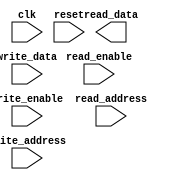
module MemoryBlocks(
    input wire clk,                           // Clock signal
    input wire reset,                         // Reset signal
    input wire read_enable,                   // Read enable signal
    input wire write_enable,                  // Write enable signal
    input wire [31:0] read_address,           // Read address
    input wire [31:0] write_address,          // Write address
    input wire [31:0] write_data,             // Data to be written
    output reg [31:0] read_data               // Data read from memory
);

// Controller module for accessing memory blocks
// Data path for reading and writing data
// Address registers for storing memory addresses
// Control signals for managing access operations

// Define memory blocks and access mechanisms here

endmodule